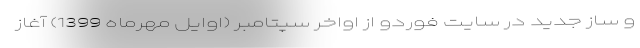
و ساز جدید در سایت فوردو از اواخر سپتامبر (اوایل مهرماه 1399) آغاز